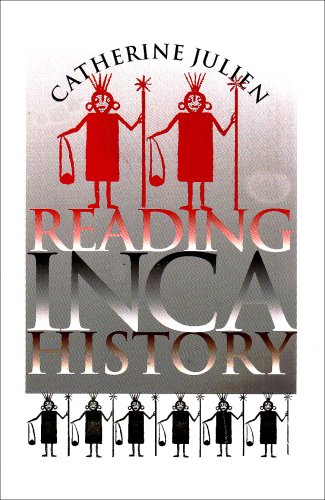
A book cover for Reading Inca History; Catherine Julien; History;